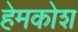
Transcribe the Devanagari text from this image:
हेमकोश